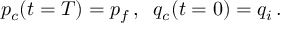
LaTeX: p _ { c } ( t = T ) = p _ { f } \, , \; \; q _ { c } ( t = 0 ) = q _ { i } \, .